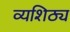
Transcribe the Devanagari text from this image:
व्यशिठ्य